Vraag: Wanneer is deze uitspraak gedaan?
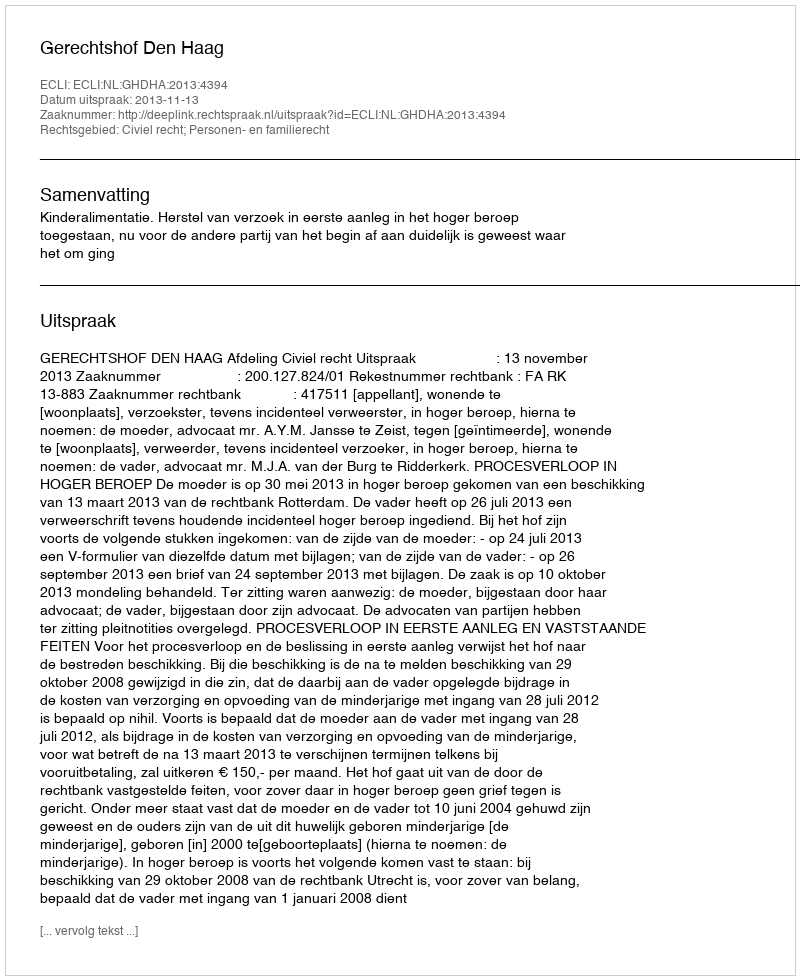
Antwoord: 2013-11-13